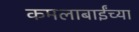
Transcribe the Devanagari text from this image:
कमलाबाईंच्या